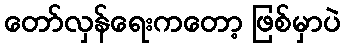
တော်လှန်ရေးကတော့ ဖြစ်မှာပဲ